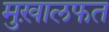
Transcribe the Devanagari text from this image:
मुख़ालफत